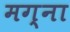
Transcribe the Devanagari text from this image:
मग्ना